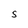
Character: S